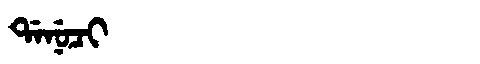
Manchu: ᡩᠠᠨᡠᠴᡳ
Romanization: DANUCI